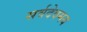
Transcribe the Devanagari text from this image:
सर्वदेवमय